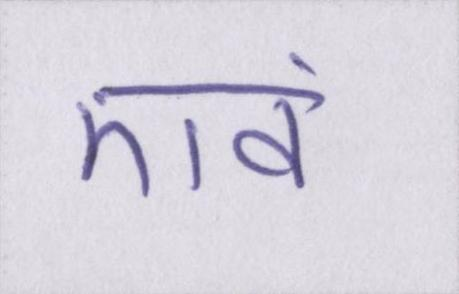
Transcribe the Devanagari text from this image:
एवं